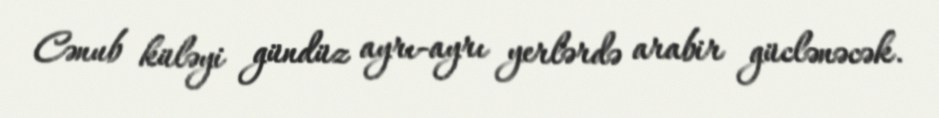
Cənub küləyi gündüz ayrı-ayrı yerlərdə arabir güclənəcək.